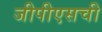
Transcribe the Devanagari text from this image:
जीपीएसची